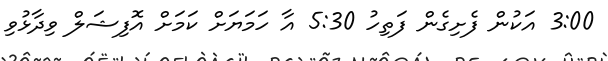
3:00 އަކުން ފެށިގެން ފަތިހު 5:30 އާ ހަމަޔަށް ކަމަށް އޮފިޝަލް ވިދާޅުވި